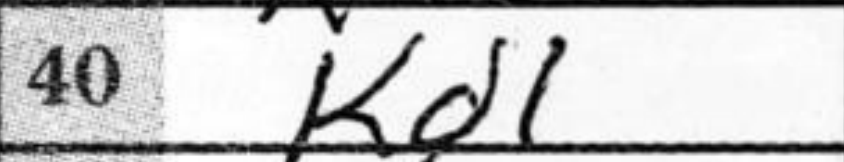
Transcription: Kd1